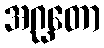
အဂ္ဃတော